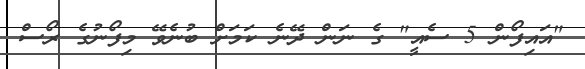
"އައިފޯން 5 ސެއީ" ގެ ނަން ދޭނެ ކަމަށް ބުނެވޭ މިފޯނުގެ ރޯސް